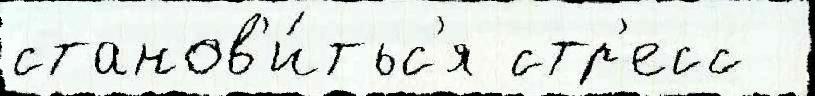
станов'и́тьс'я стр'есс